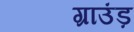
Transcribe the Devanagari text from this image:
ग्राउंड़